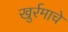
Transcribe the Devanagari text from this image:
खुर्रमाचे